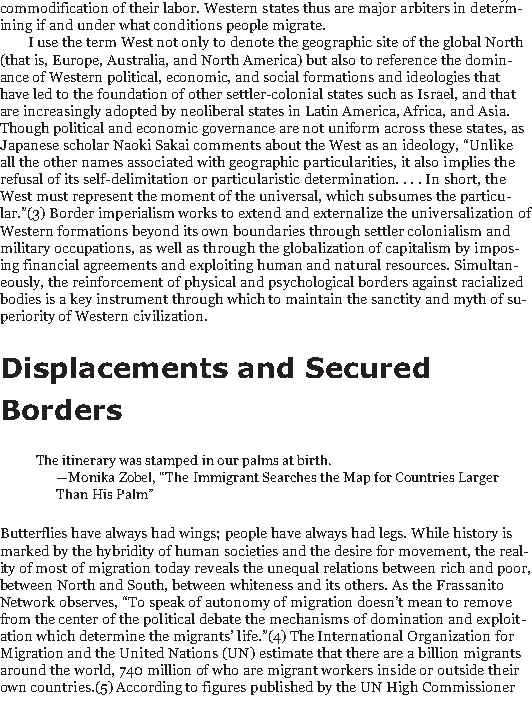
29/186
 commodification of their labor. Western states thus are major arbiters in determ-
 ining if and under what conditions people migrate.
 I use the term West not only to denote the geographic site of the global North
 (that is, Europe, Australia, and North America) but also to reference the domin-
 ance of Western political, economic, and social formations and ideologies that
 have led to the foundation of other settler-colonial states such as Israel, and that
 are increasingly adopted by neoliberal states in Latin America, Africa, and Asia.
 Though political and economic governance are not uniform across these states, as
 Japanese scholar Naoki Sakai comments about the West as an ideology, “Unlike
 all the other names associated with geographic particularities, it also implies the
 refusal of its self-delimitation or particularistic determination. . . . In short, the
 West must represent the moment of the universal, which subsumes the particu-
 lar.”(3) Border imperialism works to extend and externalize the universalization of
 Western formations beyond its own boundaries through settler colonialism and
 military occupations, as well as through the globalization of capitalism by impos-
 ing financial agreements and exploiting human and natural resources. Simultan-
 eously, the reinforcement of physical and psychological borders against racialized
 bodies is a key instrument through which to maintain the sanctity and myth of su-
 periority of Western civilization.
 Displacements   and Secured
 Borders
 The itinerary was stamped in our palms at birth.
 —Monika Zobel, “The Immigrant Searches the Map for Countries Larger
 Than His Palm”
 Butterflies have always had wings; people have always had legs. While history is
 marked by the hybridity of human societies and the desire for movement, the real-
 ity of most of migration today reveals the unequal relations between rich and poor,
 between North and South, between whiteness and its others. As the Frassanito
 Network observes, “To speak of autonomy of migration doesn’t mean to remove
 from the center of the political debate the mechanisms of domination and exploit-
 ation which determine the migrants’ life.”(4) The International Organization for
 Migration and the United Nations (UN) estimate that there are a billion migrants
 around the world, 740 million of who are migrant workers inside or outside their
 own countries.(5) According to figures published by the UN High Commissioner